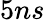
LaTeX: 5ns